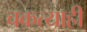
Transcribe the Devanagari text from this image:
चकत्याही